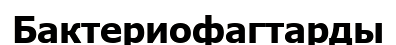
Бактериофагтарды